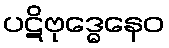
ပဋိဗုဒ္ဓေနေဝ